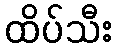
ထိပ်သီး